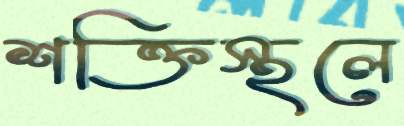
শক্তিস্থলে